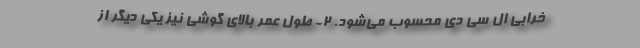
خرابی ال سی دی محسوب می‌شود. 2- طول عمر بالای گوشی نیز یکی دیگر از